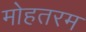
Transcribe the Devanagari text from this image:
मोहतरम